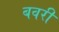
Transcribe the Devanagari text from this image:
बवरी